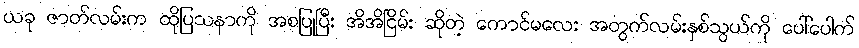
ယခု ဇာတ်လမ်းက ထိုပြသနာကို အစပြုပြီး အိအိငြိမ်း ဆိုတဲ့ ကောင်မလေး အတွက်လမ်းနှစ်သွယ်ကို ပေါ်ပေါက်